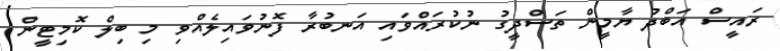
ރައީސް އަބްދު ޔާމީން ތަސްދީގު ނުކުރައްވައި އަނބުރާ ފޮނުވައިލެއްވި މި ބިލް ކޮމިޓީން